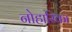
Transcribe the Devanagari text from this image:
नोहारिका